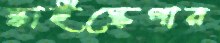
স্কাইস্ক্রেপার